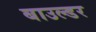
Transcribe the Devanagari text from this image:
बाउल्डर